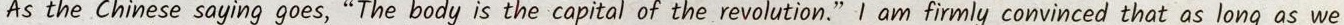
As the Chinese saying goes, “The body is the copital of the revolution."I am firmly convinced that as long as we